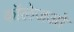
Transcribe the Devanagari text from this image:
कॉलेजओ